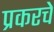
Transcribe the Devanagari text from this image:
प्रकरचे